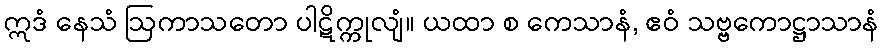
ဣဒံ နေသံ ဩကာသတော ပါဋိက္ကုလျံ။ ယထာ စ ကေသာနံ, ဧဝံ သဗ္ဗကောဋ္ဌာသာနံ